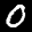
Label: 0